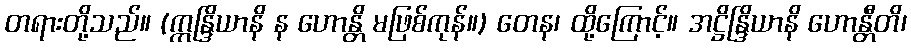
တရားတို့သည်။ (ဣန္ဒြိယာနိ န ဟောန္တိ မဖြစ်ကုန်။) တေန၊ ထို့ကြောင့်။ အဋ္ဌိန္ဒြိယာနိ ဟောန္တီတိ၊